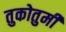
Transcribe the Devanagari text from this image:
तुकोतुमी